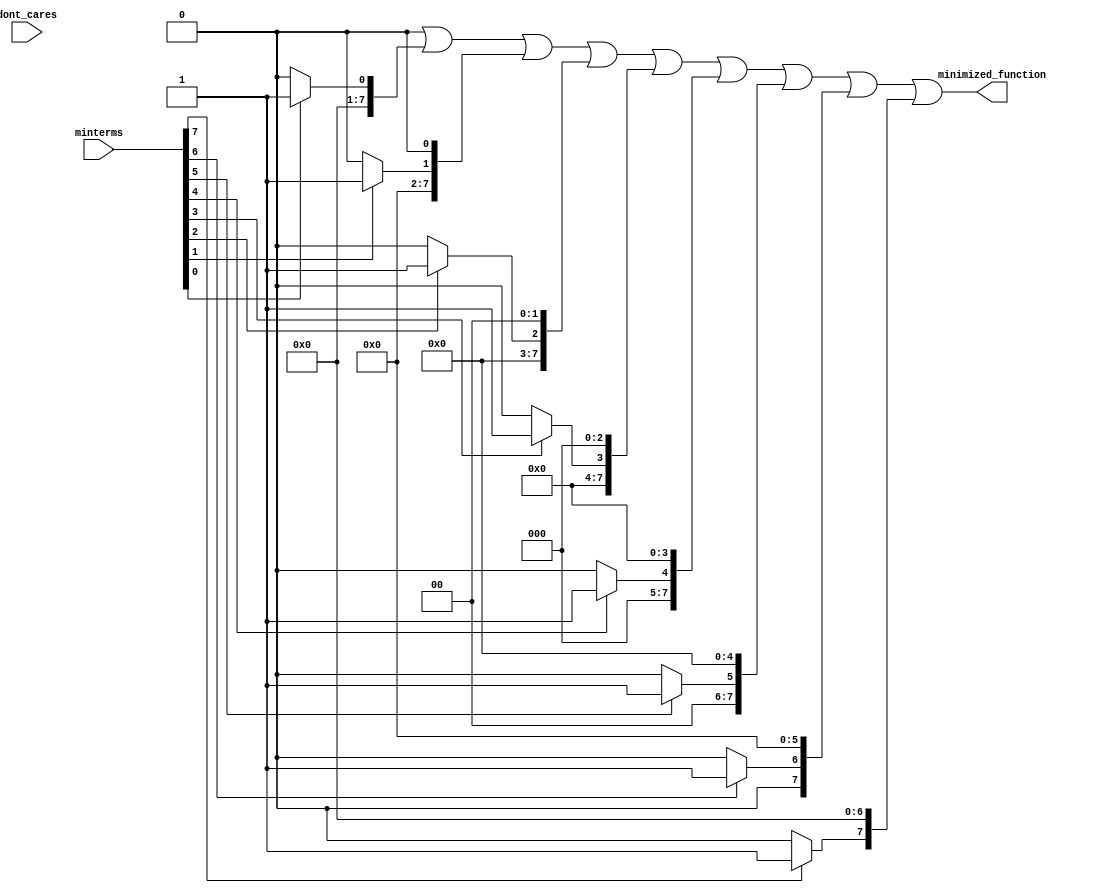
module PrimeImplicantSimplifier (
    input [7:0] minterms,        // 8-bit input representing minterms (1 = present)
    input [7:0] dont_cares,     // 8-bit input for don't care conditions
    output reg [7:0] minimized_function // Output for minimized Boolean function
);

    // Internal signals
    reg [7:0] combined_terms [0:15]; // To store combined minterms
    reg [7:0] prime_implicants [0:15]; // To store identified prime implicants
    integer i, j, k;

    // Function to identify prime implicants
    task identify_prime_implicants;
        begin
            // Initialize the prime implicants array
            for (i = 0; i < 16; i = i + 1) begin
                prime_implicants[i] = 0;
            end
            
            // Basic grouping of minterms and combining (simplified)
            for (i = 0; i < 8; i = i + 1) begin
                if (minterms[i]) begin
                    prime_implicants[i] = 1; // Mark minterm as prime implicant
                end
            end
            
            // Combine with don't cares
            for (i = 0; i < 8; i = i + 1) begin
                if (dont_cares[i]) begin
                    // Combine with existing prime implicants
                    for (j = 0; j < 8; j = j + 1) begin
                        if (prime_implicants[j]) begin
                            combined_terms[j] = prime_implicants[j] | dont_cares[i];
                        end
                    end
                end
            end
            
            // Further simplification would take place here (not implemented)
        end
    endtask

    // Main process
    always @(*) begin
        minimized_function = 0; // Default output
        identify_prime_implicants(); // Call the identification task
        
        // Generate output based on prime implicants (simplified assumption)
        for (i = 0; i < 8; i = i + 1) begin
            minimized_function = minimized_function | (prime_implicants[i] << i);
        end
    end

endmodule